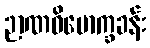
ဉာဏဝိမောက္ခခန်း